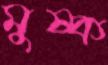
মুষ্ক